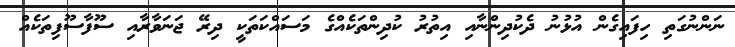
ނަންނުގަތި ހިފައިގެން އުޅުނު ދެކުދިންނާއި އިތުރު ކުދިންތަކެއްގެ މަސައްކަތަކީ ދިރޭ ޖަނަވާރާއި ސޫފާސޫފިތަކެއް